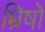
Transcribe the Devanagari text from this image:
म्रिषो